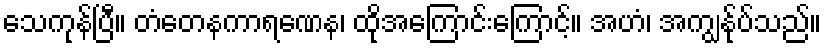
သေကုန်ပြီ။ တံတေနကာရဏေန၊ ထိုအကြောင်းကြောင့်။ အဟံ၊ အကျွန်ုပ်သည်။